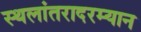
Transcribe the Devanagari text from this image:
स्थलांतरादरम्यान